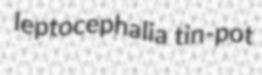
leptocephalia tin-pot